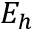
E _ { h }